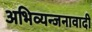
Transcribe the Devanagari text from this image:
अभिव्यन्जनावादी